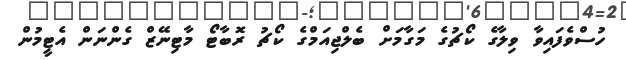
ހުސްވެފައިވާ ވިލާގެ ކޯޗުގެ މަގާމަށް ބެލްޖިއަމްގެ ކޯޗު ރޮބާޓޯ މާޓިނޭޒް ގެންނަން އެޓީމުން